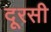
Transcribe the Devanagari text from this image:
दूरसी